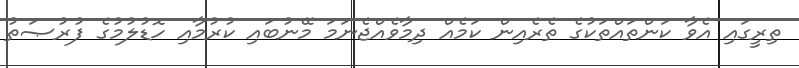
ތިރީގައި އެވާ ކަންތައްތަކުގެ ތެރެއިން ކަމެއް ދިމާވެއްޖެނަމަ މޭނުބައި ކުރުމާއި ހޮޑުލުމުގެ ފުރުޞަތު